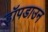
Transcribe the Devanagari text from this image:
ड्रॉपडाउन